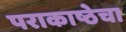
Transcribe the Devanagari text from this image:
पराकाष्ठेचा